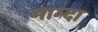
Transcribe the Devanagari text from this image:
माम्दा